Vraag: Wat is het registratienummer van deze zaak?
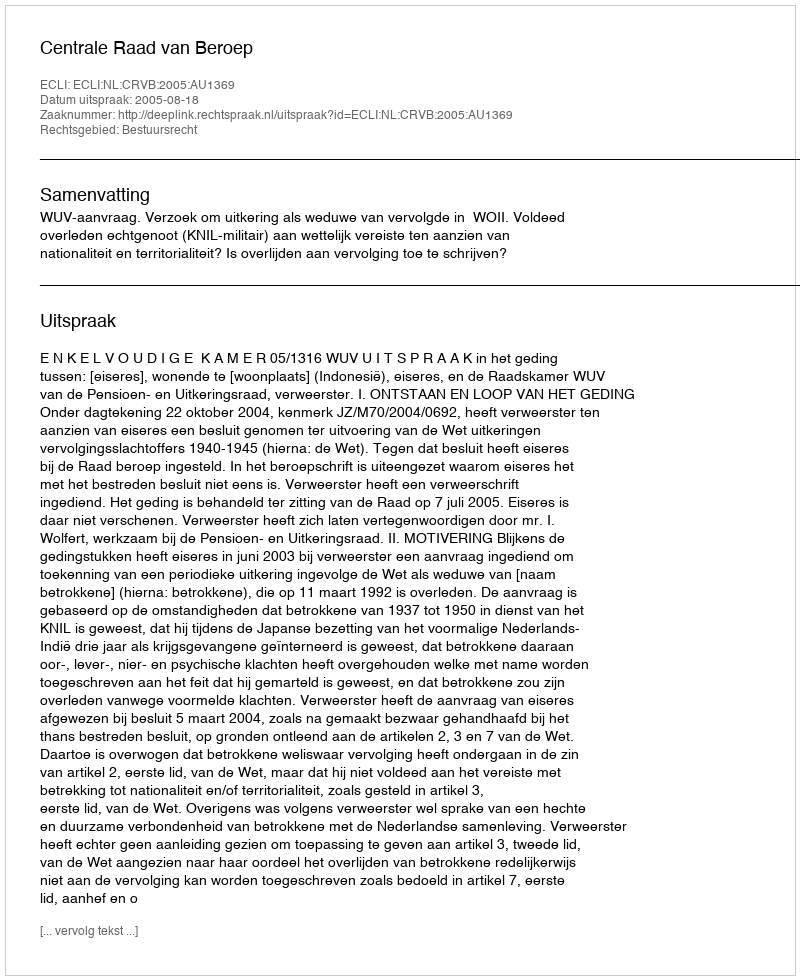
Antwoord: http://deeplink.rechtspraak.nl/uitspraak?id=ECLI:NL:CRVB:2005:AU1369